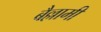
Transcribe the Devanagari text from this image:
बैल्लामी